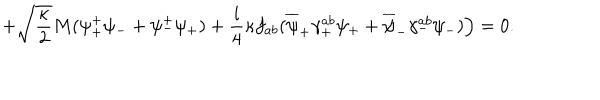
+ \sqrt { \frac { \kappa } { 2 } } M ( \psi _ { + } ^ { + } \psi _ { - } + \psi _ { - } ^ { + } \psi _ { + } ) + \frac { i } { 4 } \kappa f _ { a b } ( \overline { { { \psi } } } _ { + } \gamma _ { + } ^ { a b } \psi _ { + } + \overline { { { \psi } } } _ { - } \gamma _ { - } ^ { a b } \psi _ { - } ) \Big ) = 0 .